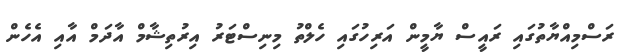
ރަސްމިއްޔާތުގައި ރައީސް ޔާމީން އަރިހުގައި ހެލްތު މިނިސްޓަރު އިރުތިޝާމް އާދަމް އާއި އެހެން